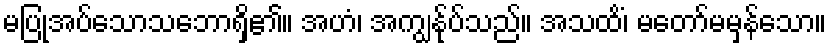
မပြုအပ်သောသဘောရှိ၏။ အဟံ၊ အကျွန်ုပ်သည်။ အသထိံ၊ မတော်မမှန်သော။